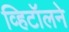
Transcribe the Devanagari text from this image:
व्हिटॉलने